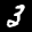
Label: 3